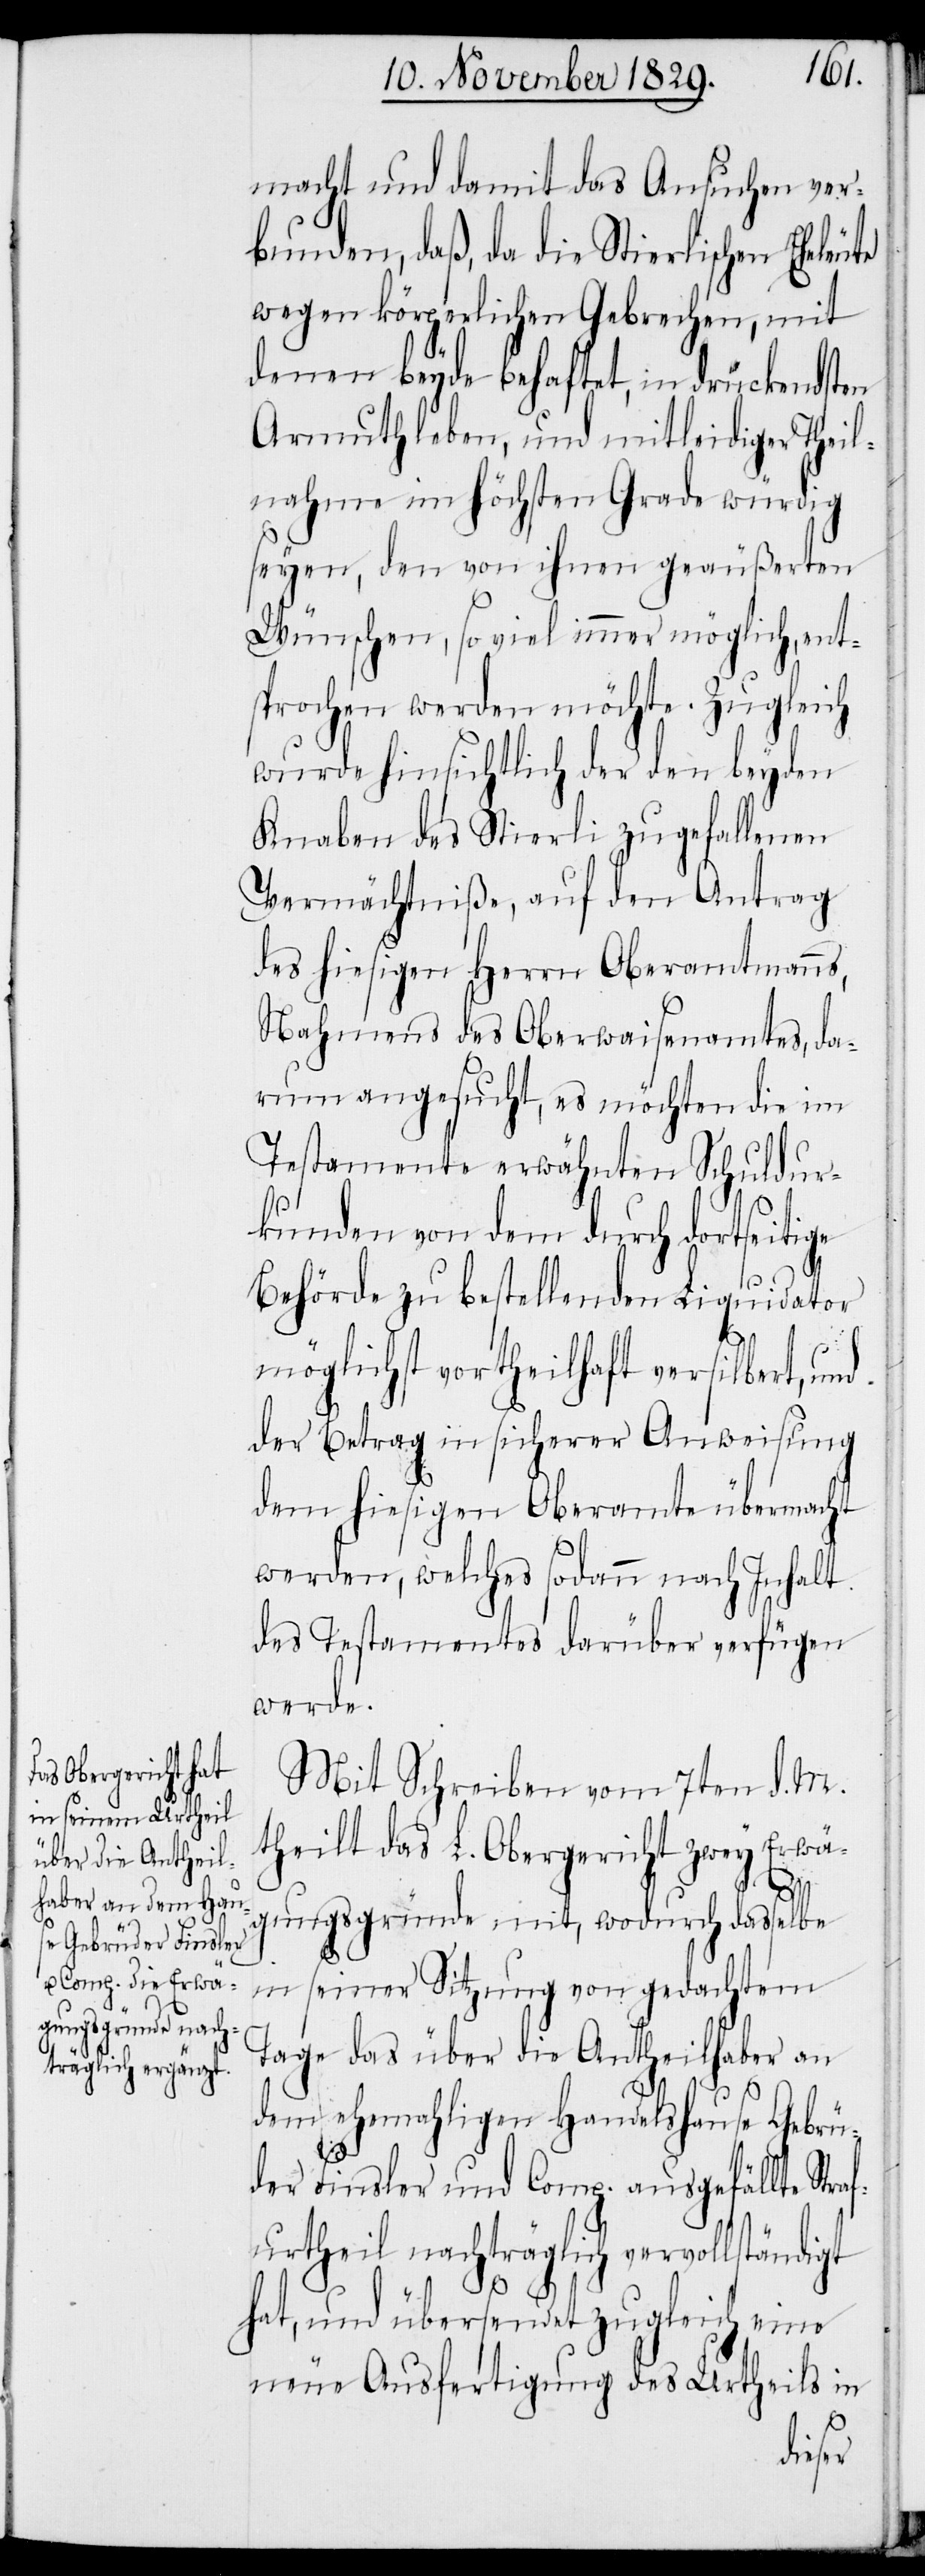
macht und damit das Ansuchen ver¬
bunden, daß, da die Stierlischen Eheleute
wegen körperlichen Gebrechen, mit
denen beyde behaftet, in drückendsten
Armuth leben, und mitleidiger Theil¬
nahme im höchsten Grade würdig
seyen, den von ihnen geäußerten
Wünschen, so viel immer möglich, ent¬
sprochen werden möchte. Zugleich
wurde hinsichtlich der den beyden
Knaben des Stierli zugefallenen
Vermächtniße, auf den Antrag
des hiesigen Herrn Oberamtmanns,
Nahmens des Oberwaisenamtes, da¬
rum angesucht, es möchten die im
Testamente erwähnten Schuldur¬
kunden von dem durch dortseitige
Behörde zu bestellenden Liquidator
möglichst vortheilhaft versilbert, und
der Betrag in sicherer Anweisung
dem hiesigen Oberamte übermacht
werden, welches sodann nach Inhalt
des Testamentes darüber verfügen
werde.
Mit Schreiben vom 7ten d. M.
theilt das L. Obergericht zwey Erwä¬
raf¬
gungsgründe mit, wodurch dasselbe
in seiner Sitzung von gedachtem
Tage das über die Antheilhaber an
dem ehemahligen Handelshause Gebrü¬
der Finsler und Comp. ausgefällte St¬
urtheil nachträglich vervollstän¬
hat, und übersendet zugleich eine
neue Ausfertigung des Urtheils in
digt